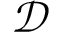
\boldsymbol { \mathcal { D } }